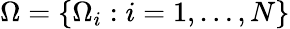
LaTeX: \Omega=\{ \Omega_{i}:i=1,\ldots,N\}